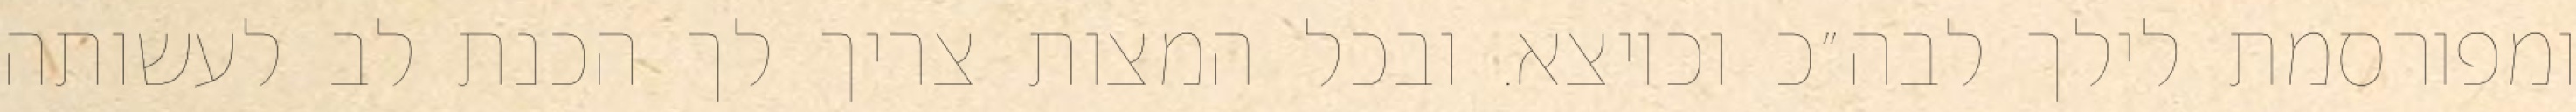
ומפורסמת לילך לבה״כ וכיוצא. ובכל המצות צריך לך הכנת לב לעשותה